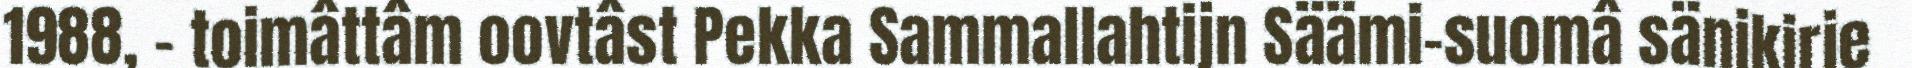
1988, - toimâttâm oovtâst Pekka Sammallahtijn Säämi-suomâ sänikirje